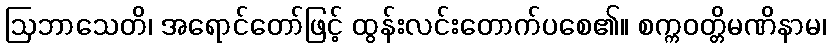
ဩဘာသေတိ၊ အရောင်တော်ဖြင့် ထွန်းလင်းတောက်ပစေ၏။ စက္ကဝတ္တိမဏိနာမ၊